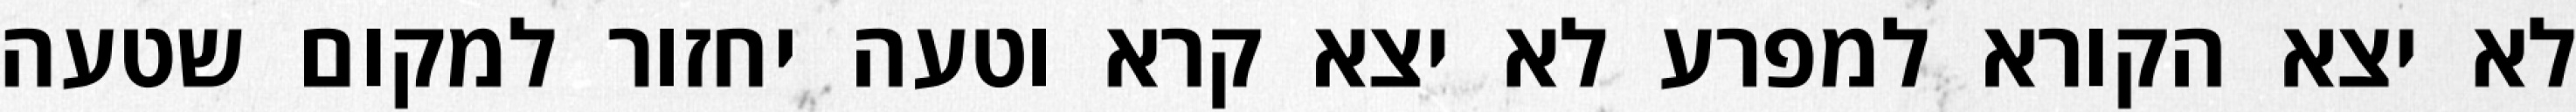
לא יצא הקורא למפרע לא יצא קרא וטעה יחזור למקום שטעה